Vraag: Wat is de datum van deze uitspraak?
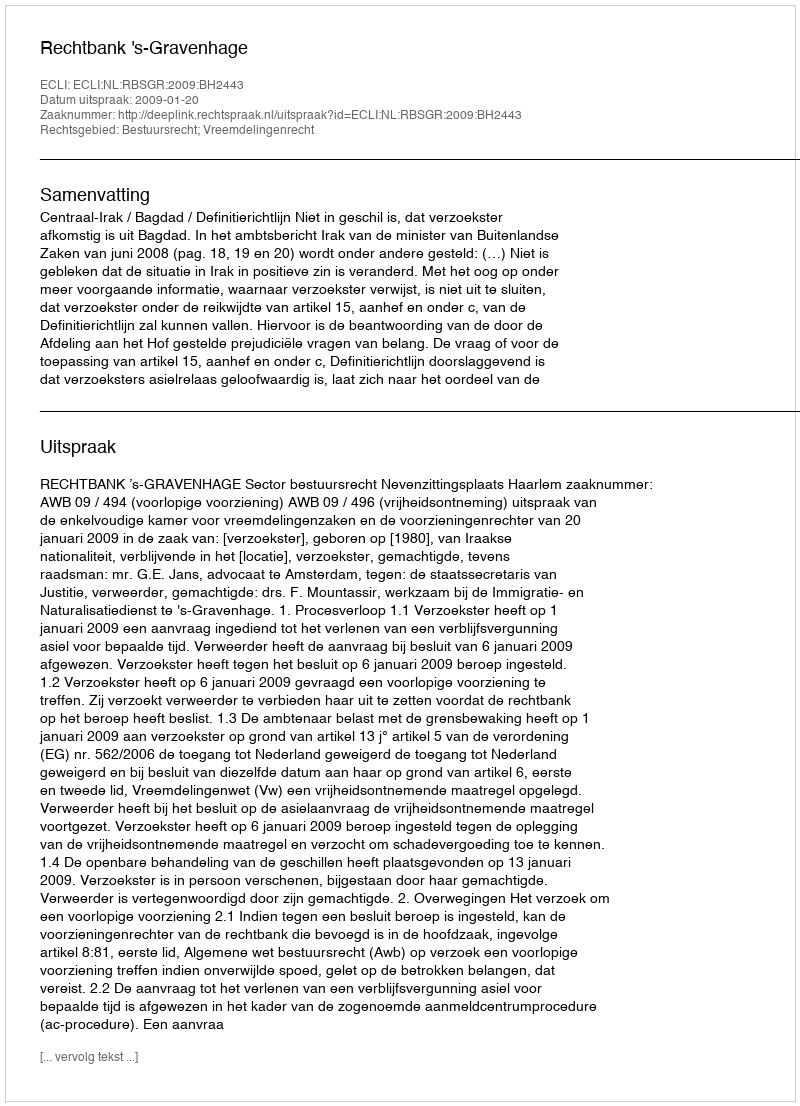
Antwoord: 2009-01-20